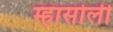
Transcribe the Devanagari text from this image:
म्हासोली